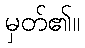
မှတ်၏။